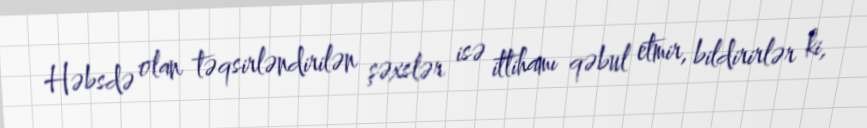
Həbsdə olan təqsirləndirilən şəxslər isə ittihamı qəbul etmir, bildirirlər ki,